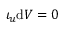
\iota _ { u } \mathrm { d } V = 0